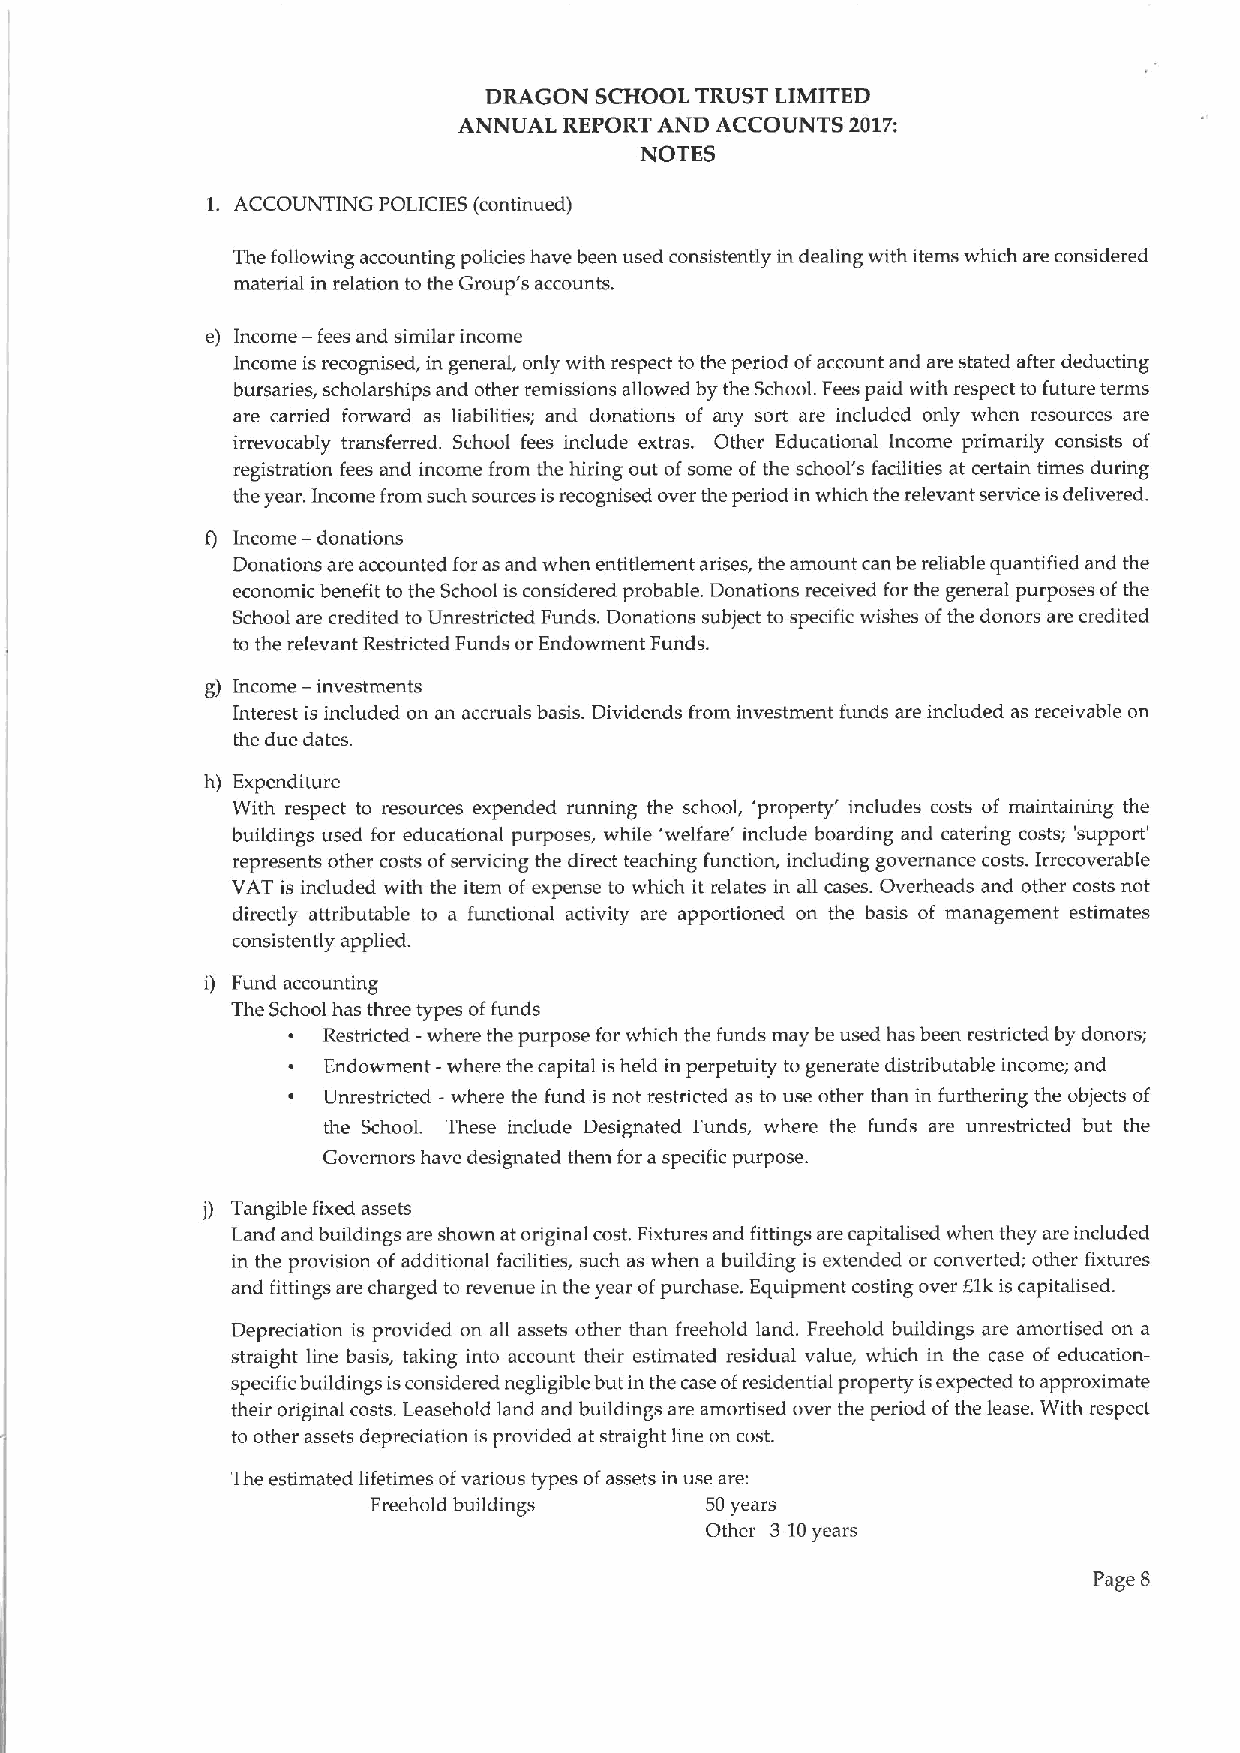
DRAGON SCHOOL TRUST LIMITED
 ANNUAL REPORT AND ACCOUNTS 2017:
 NOTES
 1. ACCOUNTING POLICIES (continued)
 The following accounting policies have been used consistently in dealing with items which are considered
 material in relation to the Group's accounts.
 e) Income —fees and similar income
 Income is recognised, in general, only with respect to the period ofaccount and are stated after deducting
 bursaries, scholarships and other remissions allowed by the School. Fees paid with respect to future terms
 are carried forward as liabilities; and donations of any sort are included only when resources are
 irrevocably transferred. School fees include extras. Other Educational Income primarily consists of
 registration fees and income from the hiring out ofsome ofthe school's facilities at certain times during
 the year. Income from such sources isrecognised over the period in which the relevant service isdelivered.
 f) Income —donations
 Donations are accounted for as and when entitlement arises, the amount can be reliable quantified and the
 economic benefit to the School is considered probable. Donations received for the general purposes ofthe
 School are credited to Unrestricted Funds. Donations subject to specific wishes ofthe donors are credited
 to the relevant Restricted Funds or Endowment Funds.
 g) Income —investments
 Interest is included on an accruals basis. Dividends from investment funds are included as receivable on
 the due dates.
 h) Expenditure
 With respect to resources expended running the school, 'property' includes costs of maintaining the
 buildings used for educational purposes, while 'welfare' include boarding and catering costs; 'support'
 represents other costs ofservicing the direct teaching function, including governance costs. Irrecoverable
 VAT is included with the item of expense to which it relates in all cases. Overheads and other costs not
 directly attributable to a functional activity are apportioned on the basis of management estimates
 consistently applied.
 i) Fund accounting
 The School has three types offunds
 Restricted —where the purpose for which the funds may be used has been restricted by donors;
 ~ Endowment —where the capital is held in perpetuity to generate distributable income; and
 Unrestricted -where the fund is not restricted as to use other than in furthering the objects of
 the School. These include Designated Funds, where the funds are unrestricted but the
 Governors have designated them for aspecific purpose.
 j) Tangible fixed assets
 Land and buildings are shown at original cost.Fixtures and fittings are capitalised when they are included
 in the provision of additional facilities, such as when a building is extended or converted; other fixtures
 and fittings are charged to revenue in the year ofpurchase. Equipment costing over Elk is capitalised.
 Depreciation is provided on all assets other than freehold land. Freehold buildings are amortised on a
 straight line basis, taking into account their estimated residual value, which in the case of education-
 specific buildings isconsidered negligible but in the caseofresidential property isexpected toapproximate
 their original costs. Leasehold land and buildings are amortised over the period ofthe lease. With respect
 to other assets depreciation is provided at straight line on cost.
 The estimated lifetimes ofvarious types ofassets in use are:
 Freehold buildings    50years
 Other 3-10years
 Page 8